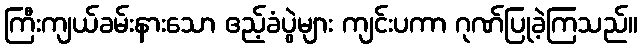
ကြီးကျယ်ခမ်းနားသော ဧည့်ခံပွဲများ ကျင်းပကာ ဂုဏ်ပြုခဲ့ကြသည်။